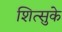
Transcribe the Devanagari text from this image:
शित्सुके